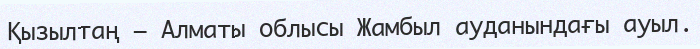
Қызылтаң – Алматы облысы Жамбыл ауданындағы ауыл.